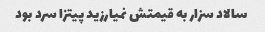
سالاد سزار به قیمتش نمیارزید پیتزا سرد بود